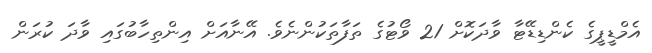
އެމްޑީޕީގެ ކެންޑިޑޭޓާ ވާދަކޮށް 21 ވޯޓުގެ ތަފާތަކުންނެވެ. އޭނާއަށް އިންތިހާބުގައި ވާދަ ކުރަން